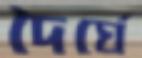
দৈর্ঘে